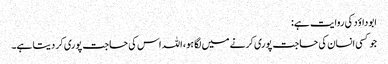
ابوداؤد کی روایت ہے:
جو کسی انسان کی حاجت پوری کرنے میں لگا ہو، اللہ اس کی حاجت پوری کر دیتا ہے۔